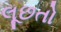
લૂછતો